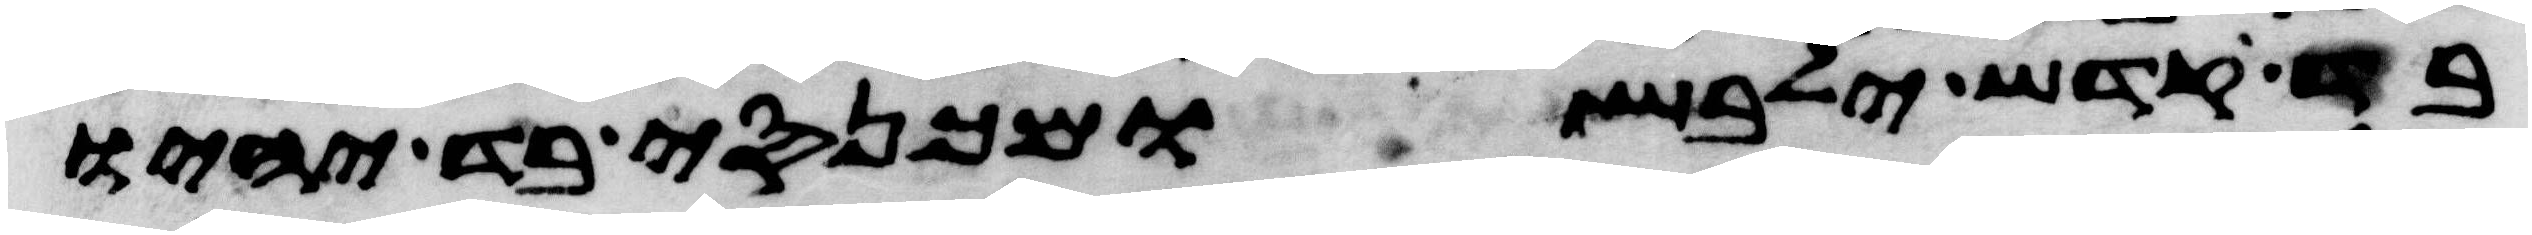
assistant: בד קדש ילבש ומכנסי בד יהיו